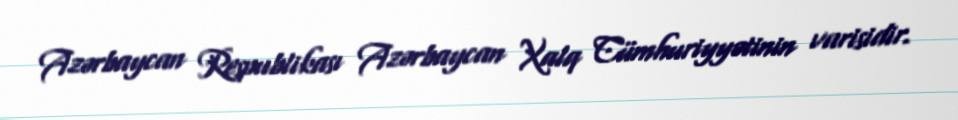
Azərbaycan Respublikası Azərbaycan Xalq Cümhuriyyətinin varisidir.